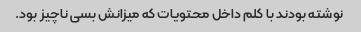
نوشته بودند با کلم داخل محتویات که میزانش بسی ناچیز بود.